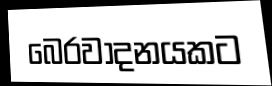
බෙරවාදනයකට